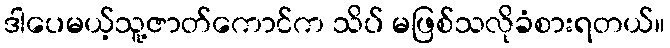
ဒါပေမယ့်သူ့ဇာတ်ကောင်က သိပ် မဖြစ်သလိုခံစားရတယ်။